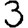
Digit: 3